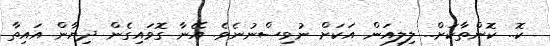
ކޮ.. ކޮންތާކަށް.. ލިލިއަން އަކަށް ނުވިސްނުނެވެ. އޭނާ ގޮވައިގެން ދިޔާން އައިތާ